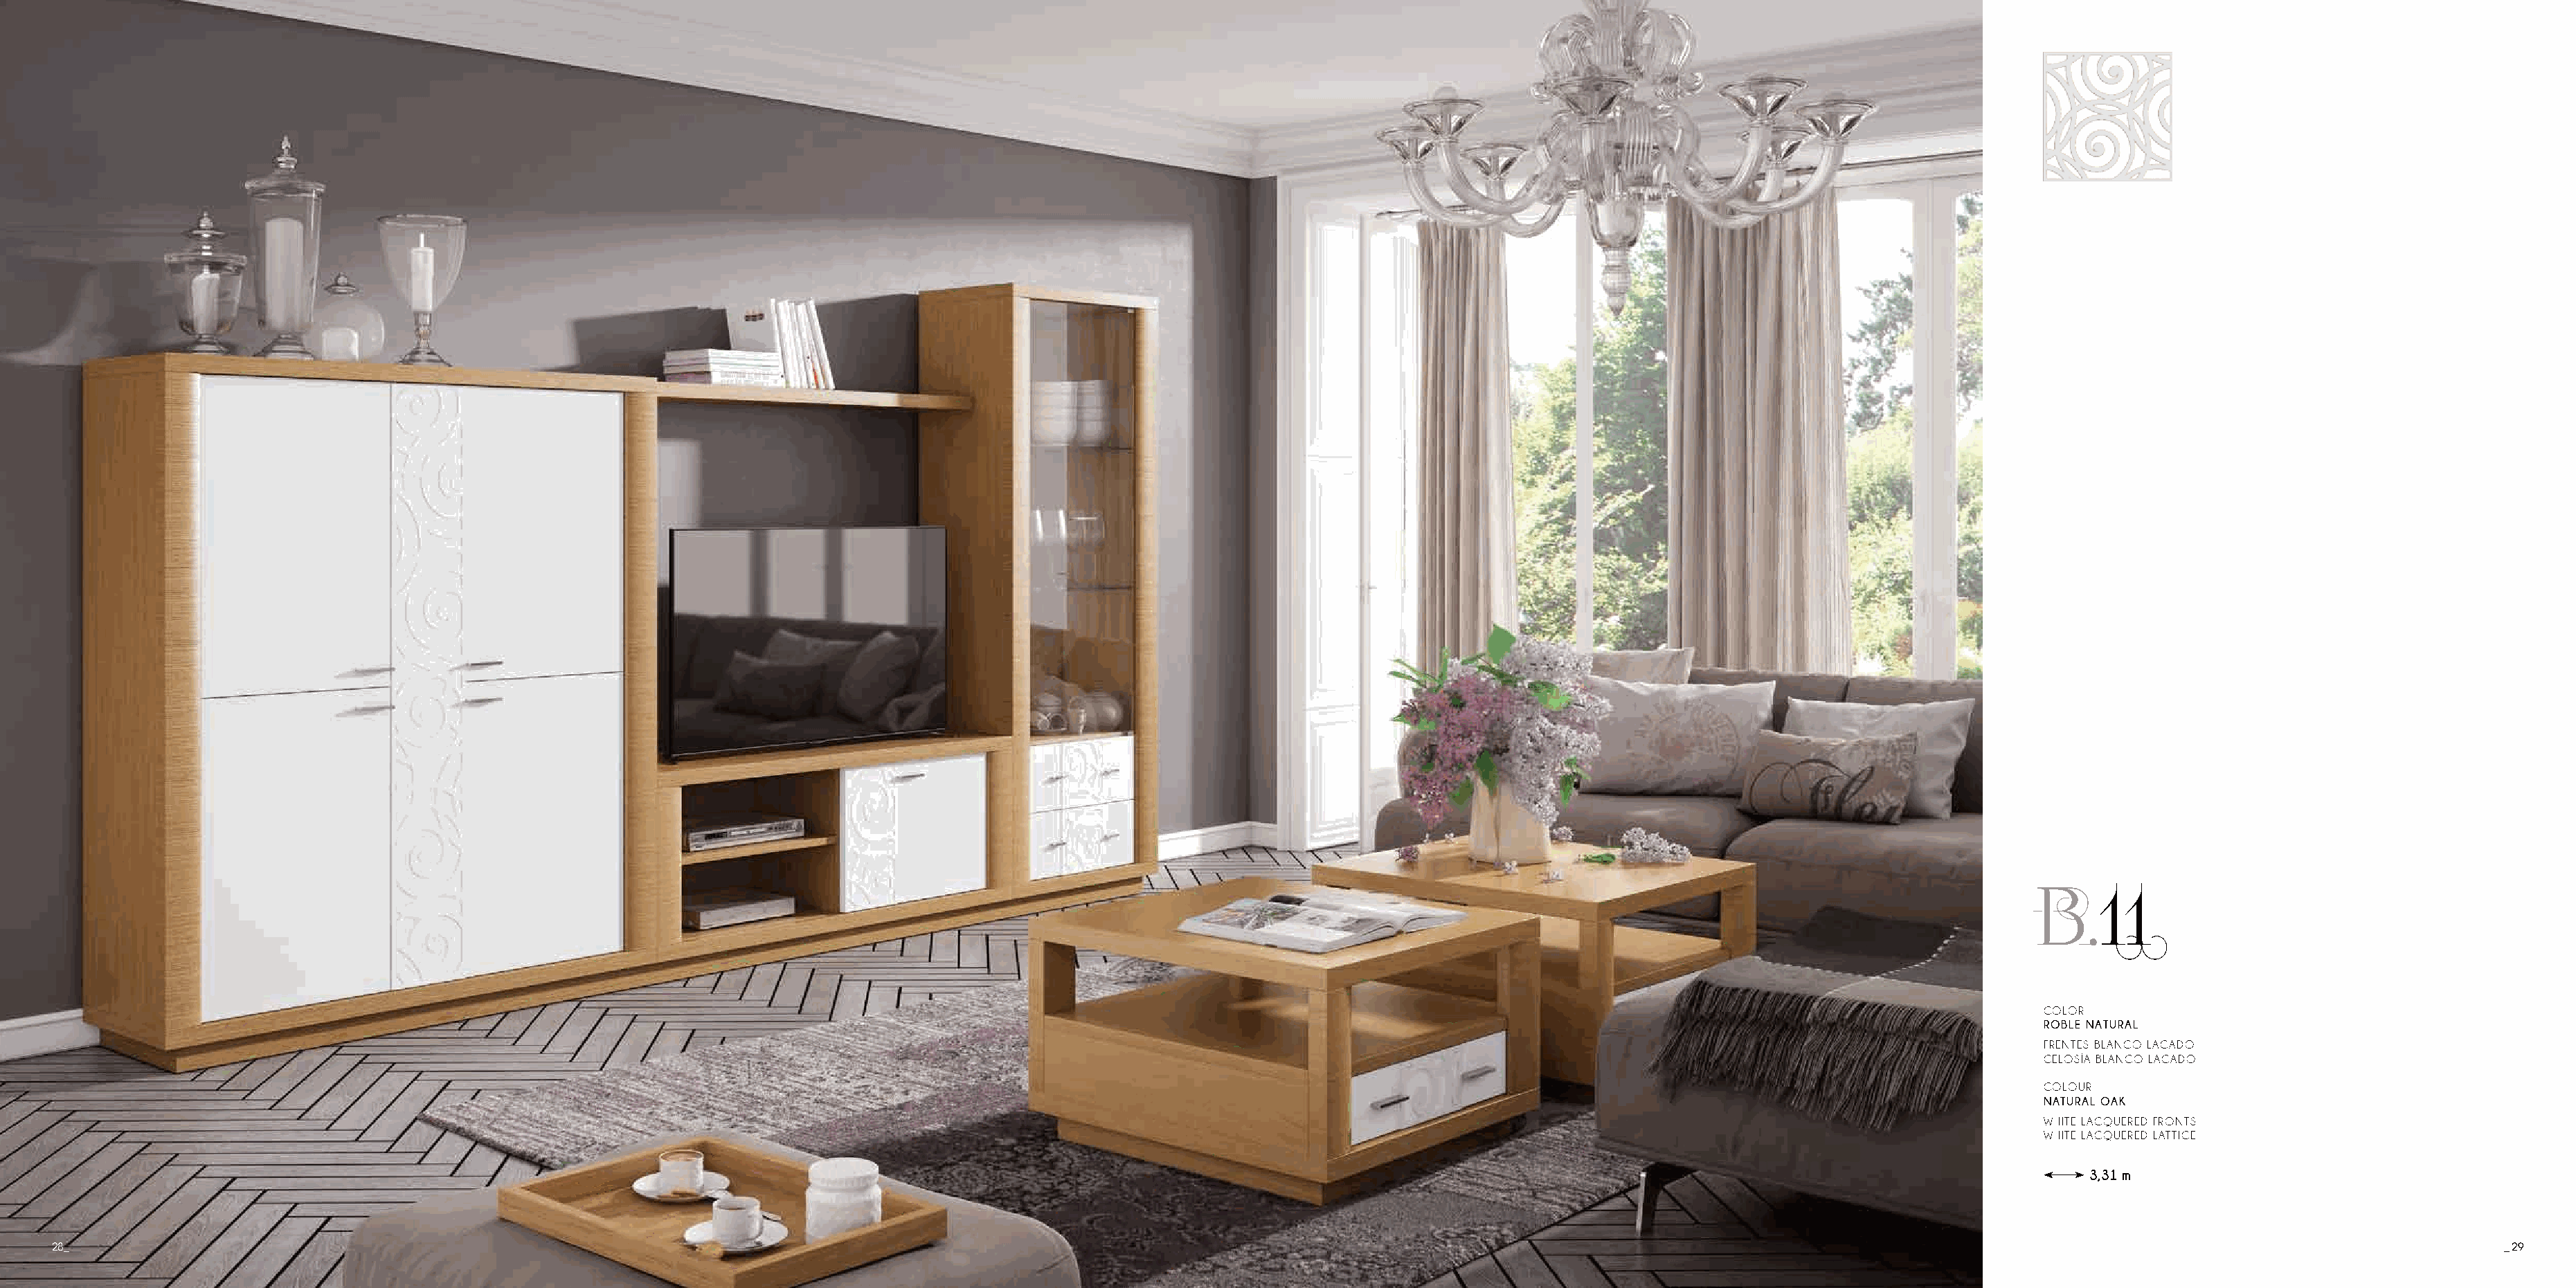
B.11
 COLOR
 ROBLE NATURAL
 FRENTES BLANCO LACADO
 CELOSÍA BLANCO LACADO
 COLOUR
 NATURAL OAK
 WHITE LACQUERED FRONTS
 WHITE LACQUERED LATTICE
 3,31 m
 28_                                                                                                                                                                                                                                       _ 29